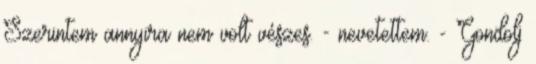
Szerintem annyira nem volt vészes. - nevetettem. - Gondolj